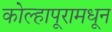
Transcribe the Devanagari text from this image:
कोल्हापूरामधून